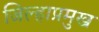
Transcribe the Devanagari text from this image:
जिल्हाप्रमुख